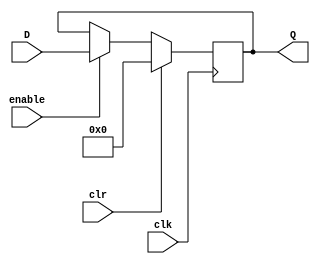
// Zuhair Shaikh and Brant Lan Li
// General Purpose Register (Used for R1 - R15, HI, LO, Y, IR)
// ELEC374 - Digital Systems Engineering
// Department of Electrical and Computer Engineering
// Queen's University 

`timescale 1ns/10ps

module gen_register #(parameter INIT = 32'h0)(
	input wire [31:0] D,
	input wire clk,
	input	wire clr,
	input wire enable,
	output wire [31:0] Q
	);
	
	reg [31:0] qTemp;
	initial qTemp = INIT;
	always @ (posedge clk)
		begin
			if (clr) begin
				qTemp <= 0;
			end
			else if (enable) begin
				qTemp <= D;
			end
		end
	assign Q = qTemp;
endmodule